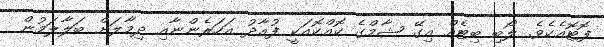
ފޮޓޮއެކެވެ. ލޯބި ބިޓެއް އިގޭ ޝާމްގެ ކޮއްކޮއަކީ ފުއާދު އަހަރެންނާއި ދިމާލަށް ބަލާލަމުން